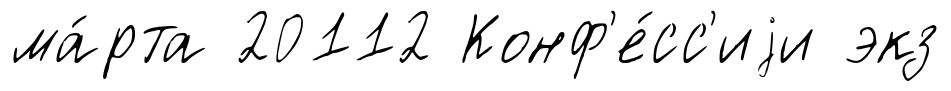
ма́рта 20112 Конф'е́сс'иjи экз